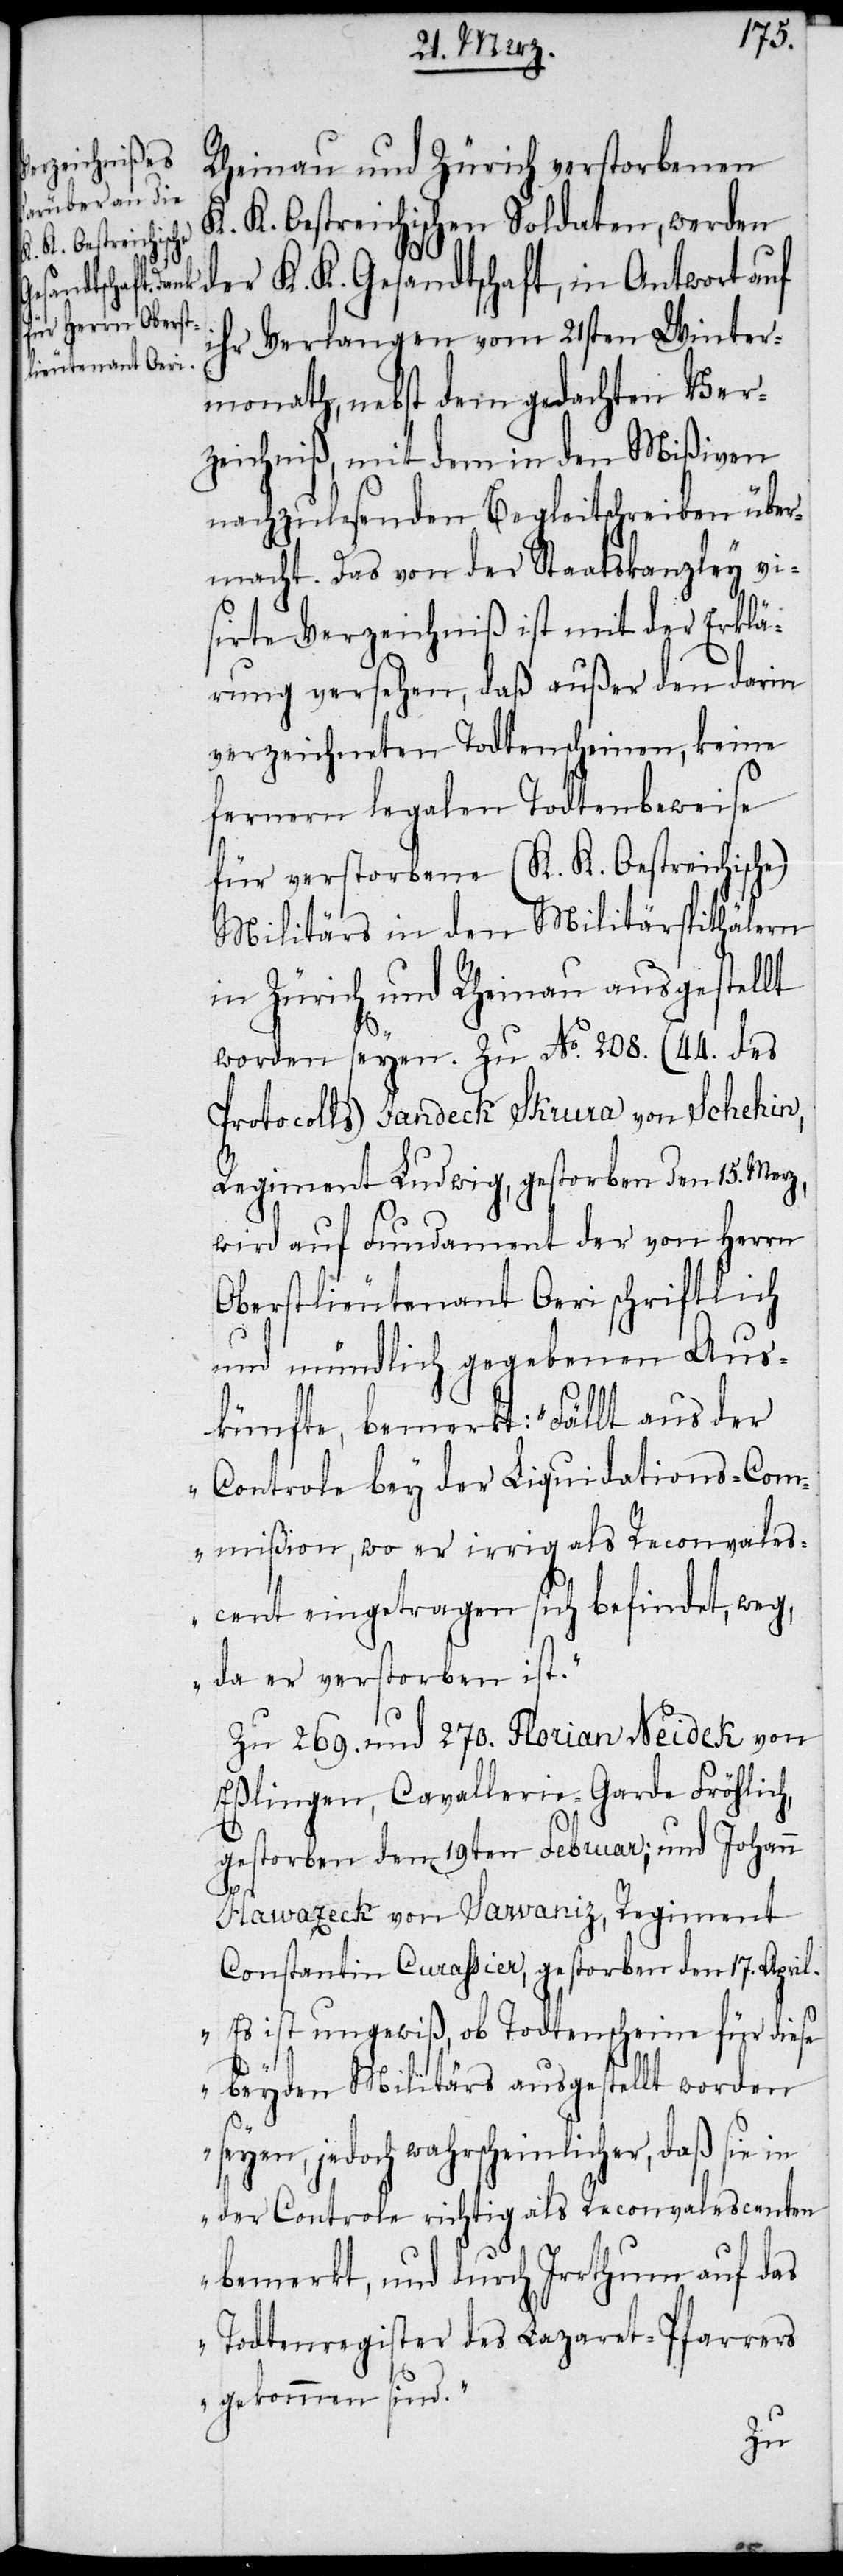
Rheinau und Zürich verstorbenen
K. K. Oestreichischen Soldaten, werden
der K. K. Gesandtschaft, in Antwort auf
ihr Verlangen vom 21sten Winter¬
monath, nebst dem gedachten Ver¬
zeichniß, mit dem in den Mißiven
nachzulesenden Begleitschreiben über¬
macht. Das von der Staatskanzley vi¬
sirte Verzeichniß ist mit der Erklä¬
rung versehen, daß außer den darin
verzeichneten Todtenscheinen, keine
fernern legalen Todtenbeweise
für verstorbene (K. K. Oestreichische)
Militärs in den Militärspithälern
in Zürich und Rheinau ausgestellt
worden seyen. Zu No. 208. (44. des
Protocolls) Jandeck Skrura von Sehehin,
Regiment Ludwig, gestorben den 15. Merz,
wird auf Fundament der von Herrn
Oberstlieutenant Oeri schriftlich
und mündlich gegebenen Aus¬
künfte, bemerkt: „Fällt aus der
Controle bey der Liquidations-Com¬
mißion, wo er irrig als Reconvales¬
cent eingetragen sich befindet, weg,
da er verstorben ist.“
Zu 269. und 270. Florian Neidek von
Eßlingen, Cavallerie-Garde Fröhlich,
gestorben den 19ten Februar; und Johann
Hawazeck von Sawaniz, Regiment
Constantin Durassier, gestorben den 17. April.
„Es ist ungewiß, ob Todtenscheine für diese
beyden Militärs ausgestellt worden
seyen, jedoch wahrscheinlicher, daß sie in
der Controle richtig als Reconvalescenten
bemerkt, und durch Irrthum auf das
Todtenregister des Lazaret-Pfarrers
gekommen sind.“